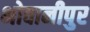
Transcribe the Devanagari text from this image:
भोवानीपुर